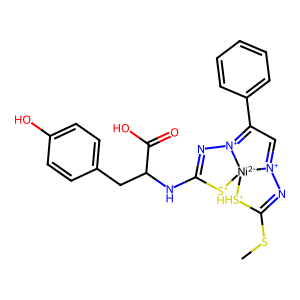
SMILES: CSC1=N[N+]2=CC(c3ccccc3)=[N+]3N=C(NC(Cc4ccc(O)cc4)C(=O)O)[SH+][Ni-2]23[SH+]1
Inhibits HIV replication: No